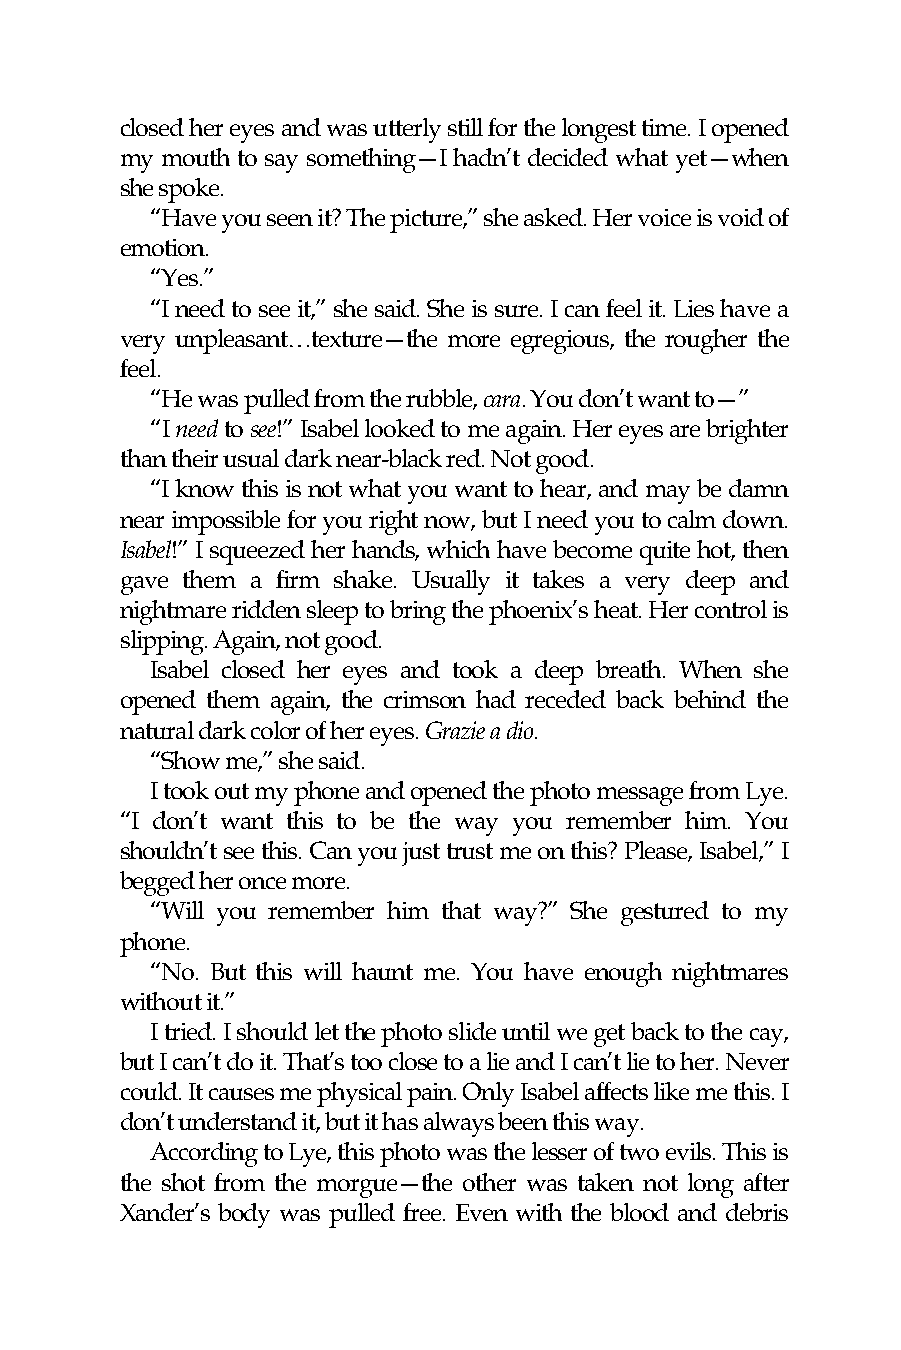
closed her eyes and was utterly still for the longest time. I opened
 my mouth to say something—I hadn’t decided what yet—when
 she spoke.
 “Have you seen it? The picture,” she asked. Her voice is void of
 emotion.
 “Yes.”
 “I need to see it,” she said. She is sure. I can feel it. Lies have a
 very unpleasant…texture—the more egregious, the rougher the
 feel.
 “He was pulled from the rubble, cara. You don’t want to—”
 “I need to see!” Isabel looked to me again. Her eyes are brighter
 than their usual dark near-black red. Not good.
 “I know this is not what you want to hear, and may be damn
 near impossible for you right now, but I need you to calm down.
 Isabel!” I squeezed her hands, which have become quite hot, then
 gave them a firm shake. Usually it takes a very deep and
 nightmare ridden sleep to bring the phoenix’s heat. Her control is
 slipping. Again, not good.
 Isabel closed her eyes and took a deep breath. When she
 opened them again, the crimson had receded back behind the
 natural dark color of her eyes. Grazie a dio.
 “Show me,” she said.
 I took out my phone and opened the photo message from Lye.
 “I don’t want this to be the way you remember him. You
 shouldn’t see this. Can you just trust me on this? Please, Isabel,” I
 begged her once more.
 “Will you remember him that way?” She gestured to my
 phone.
 “No. But this will haunt me. You have enough nightmares
 without it.”
 I tried. I should let the photo slide until we get back to the cay,
 but I can’t do it. That’s too close to a lie and I can’t lie to her. Never
 could. It causes me physical pain. Only Isabel affects like me this. I
 don’t understand it, but it has always been this way.
 According to Lye, this photo was the lesser of two evils. This is
 the shot from the morgue—the other was taken not long after
 Xander’s body was pulled free. Even with the blood and debris